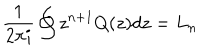
LaTeX: \frac { 1 } { 2 \pi i } \oint z ^ { n + 1 } Q ( z ) d z = L _ { n }